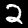
Digit: 2